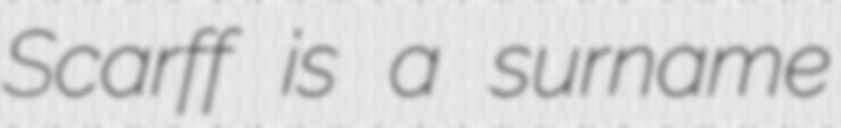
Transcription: Scarff is a surname